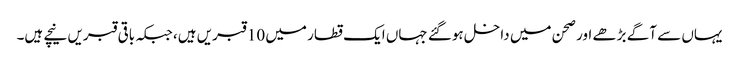
یہاں سے آگے بڑھے اور صحن میں داخل ہوگئے جہاں ایک قطار میں 10 قبریں ہیں، جبکہ باقی قبریں نیچے ہیں۔